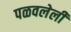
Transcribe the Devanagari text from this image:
पळवलेली